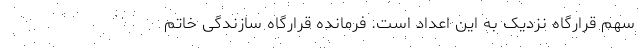
سهم قرارگاه نزدیک به این اعداد است. فرمانده قرارگاه سازندگی خاتم